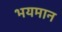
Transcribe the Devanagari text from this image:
भयमान